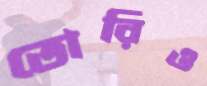
তোরিও